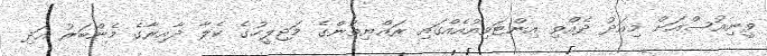
ވީނިއުސްއަށް މިއަދު ދެއްވި އިންޓަވިއުއެއްގައި ރައްޔިތުންގެ މަޖިލީހުގެ ކެލާ ދާއިރާގެ މެންބަރު އަދި